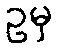
ဥမှ